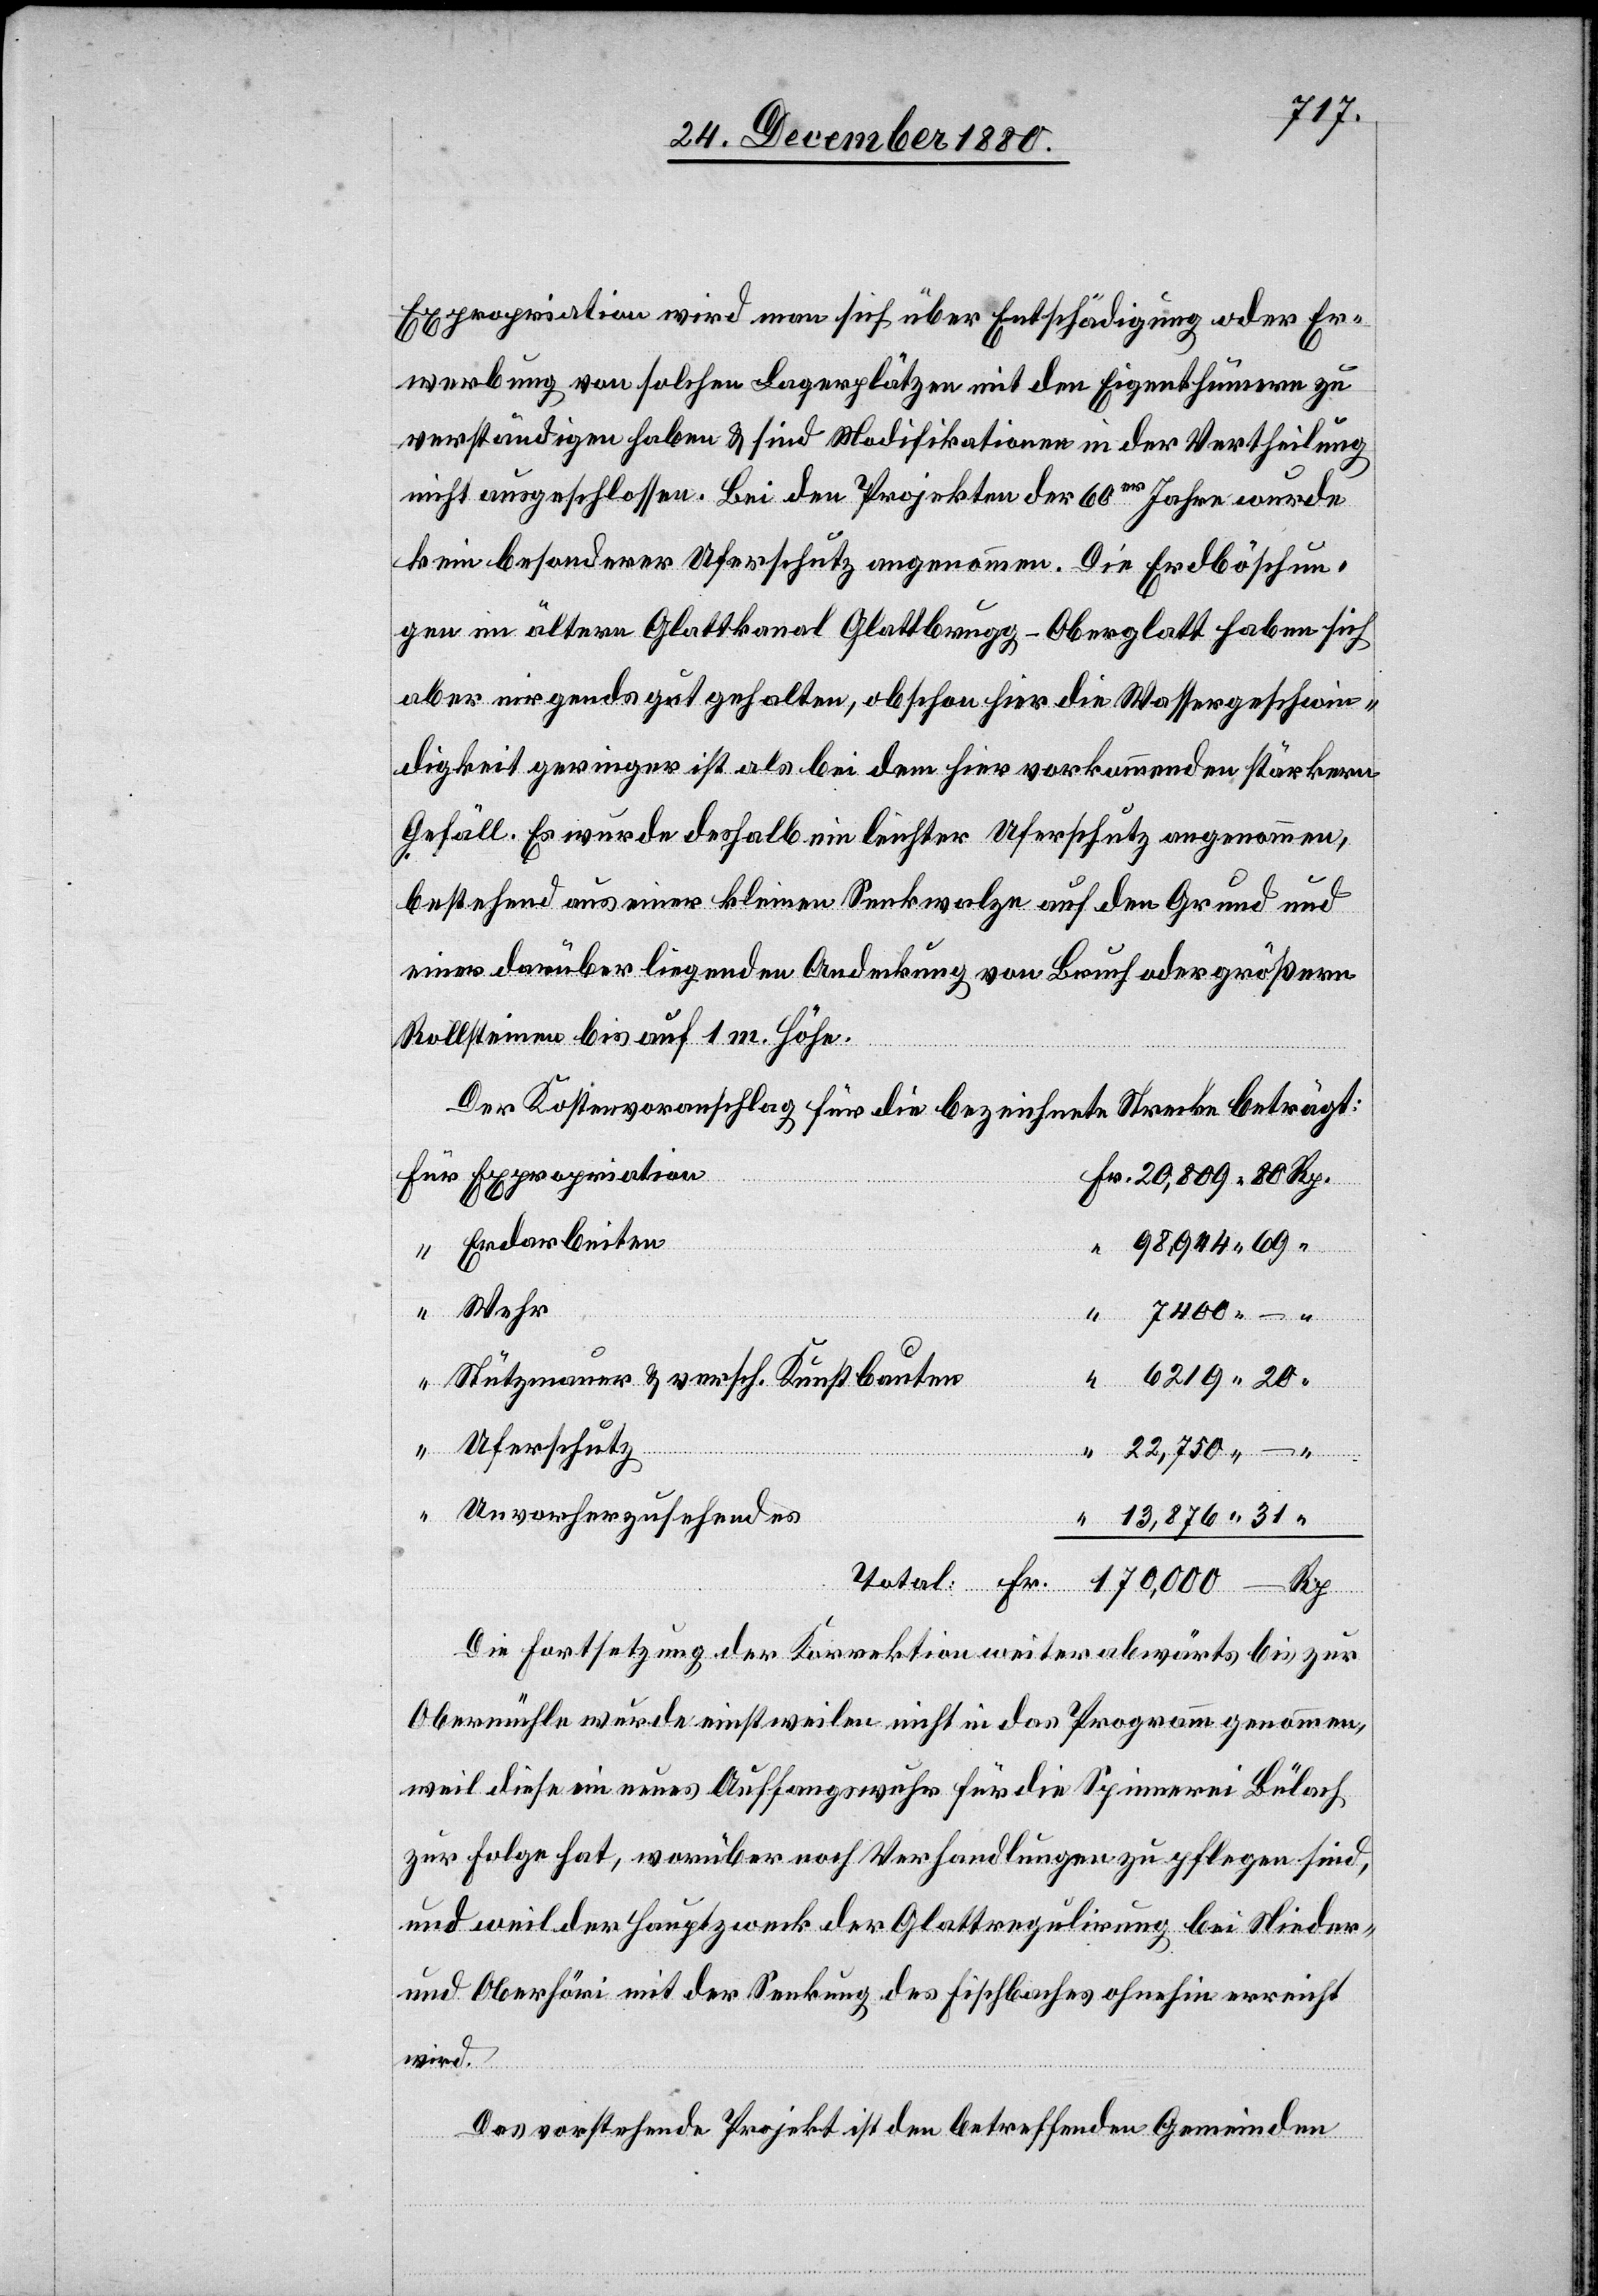
Rp.
Expropriation wird man sich über Entschädigung oder Er¬
werbung von solchen Lagerplätzen mit den Eigenthümern zu
verständigen haben & sind Modifikationen in der Vertheilung
nicht ausgeschlossen. Bei den Projekten der 60er Jahre wurde
kein besonderer Uferschutz angenommen. Die Erdböschun¬
gen im ältern Glattkanal Glattbrugg–Oberglatt haben sich
aber nirgends gut gehalten, obschon hier die Wassergeschwin¬
digkeit geringer ist als bei dem hier vorkommenden stärkern
Gefäll. Es wurde deshalb ein leichter Uferschutz angenommen,
bestehend aus einer kleinen Senkwalze auf den Grund und
einer darüber liegenden Andeckung von Bruch oder größern
Rollsteinen bis auf 1 m Höhe.
Der Kostenvoranschlag für die bezeichnete Strecke beträgt:
Expropriation
Erdarbeiten
Wehr
Stützmauer & versch. Kunstbauten
Uferschutz
Unvorherzusehendes
Die Fortsetzung der Korrektion weiter abwärts bis zur
Obermühle wurde einstweilen nicht in das Programm genommen,
weil diese ein neues Auffangswuhr für die Spinnerei Bülach
zur Folge hat, worüber noch Verhandlungen zu pflegen sind,
und weil der Hauptzweck der Glattregulirung bei Nieder-
und Oberhöri mit der Senkung des Fischbaches ohnehin erreicht
wird.
Das vorstehende Projekt ist den betreffenden Gemeinden